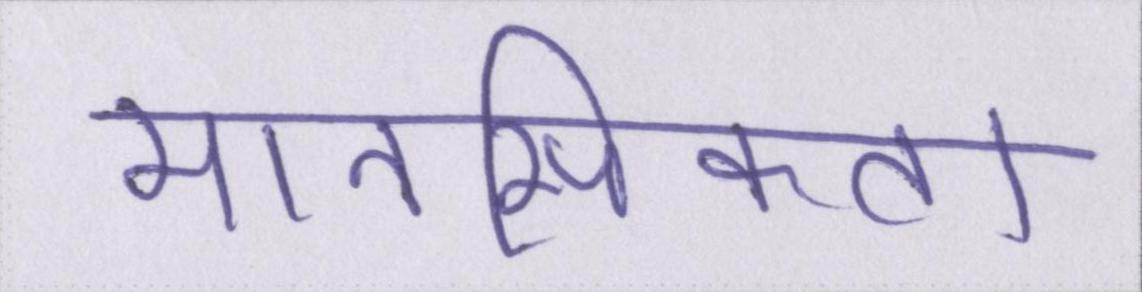
मानसिकता